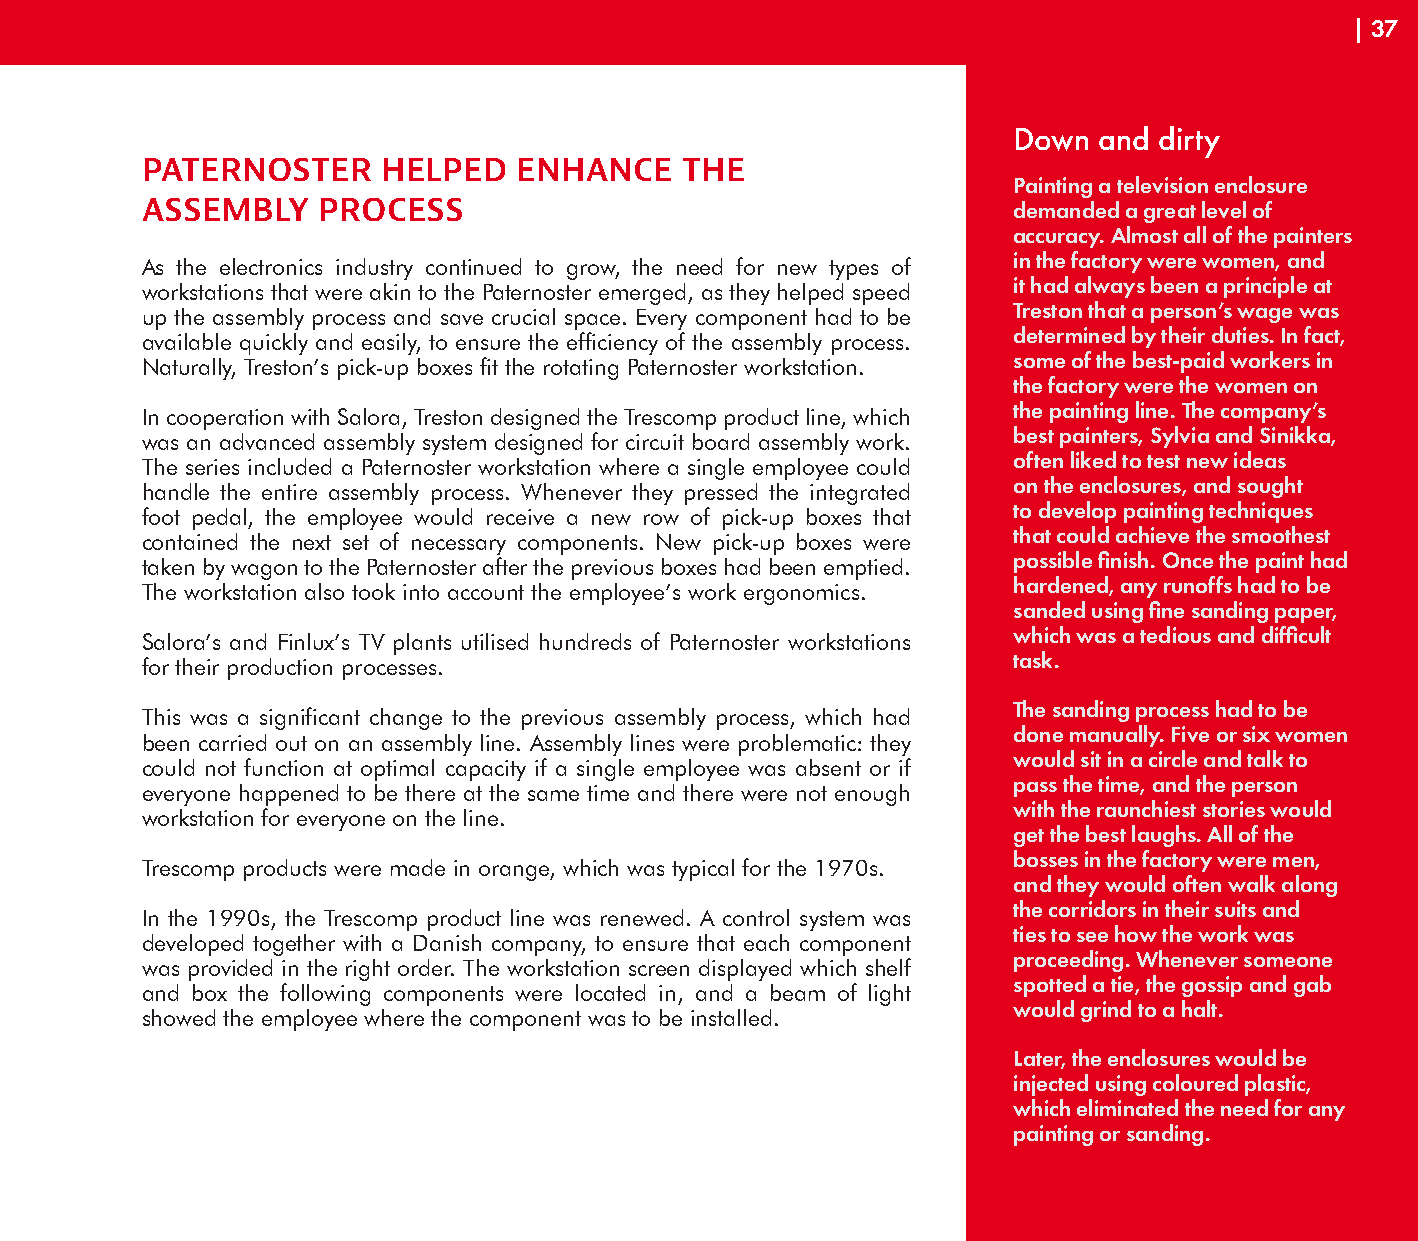
| 37
 Down  and dirty
 PATERNOSTER     HELPED   ENHANCE    THE
 Painting a television enclosure
 ASSEMBLY    PROCESS                                       demanded a great level of
 accuracy. Almost all of the painters
 in the factory were women, and
 As the electronics industry continued to grow, the need for new types of
 it had always been a principle at
 workstations that were akin to the Paternoster emerged, as they helped speed
 Treston that a person’s wage was
 up the assembly process and save crucial space. Every component had to be
 determined by their duties. In fact,
 available quickly and easily, to ensure the efficiency of the assembly process.
 some of the best-paid workers in
 Naturally, Treston’s pick-up boxes fit the rotating Paternoster workstation.
 the factory were the women on
 the painting line. The company’s
 In cooperation with Salora, Treston designed the Trescomp product line, which
 best painters, Sylvia and Sinikka,
 was an advanced assembly system designed for circuit board assembly work.
 often liked to test new ideas
 The series included a Paternoster workstation where a single employee could
 on the enclosures, and sought
 handle the entire assembly process. Whenever they pressed the integrated
 to develop painting techniques
 foot pedal, the employee would receive a new row of pick-up boxes that
 that could achieve the smoothest
 contained the next set of necessary components. New pick-up boxes were
 possible finish. Once the paint had
 taken by wagon to the Paternoster after the previous boxes had been emptied.
 hardened, any runoffs had to be
 The workstation also took into account the employee’s work ergonomics.
 sanded using fine sanding paper,
 which was a tedious and difficult
 Salora’s and Finlux’s TV plants utilised hundreds of Paternoster workstations
 task.
 for their production processes.
 The sanding process had to be
 This was a significant change to the previous assembly process, which had
 done manually. Five or six women
 been carried out on an assembly line. Assembly lines were problematic: they
 would sit in a circle and talk to
 could not function at optimal capacity if a single employee was absent or if
 pass the time, and the person
 everyone happened to be there at the same time and there were not enough
 with the raunchiest stories would
 workstation for everyone on the line.
 get the best laughs. All of the
 bosses in the factory were men,
 Trescomp products were made in orange, which was typical for the 1970s.
 and they would often walk along
 the corridors in their suits and
 In the 1990s, the Trescomp product line was renewed. A control system was
 ties to see how the work was
 developed together with a Danish company, to ensure that each component
 proceeding. Whenever someone
 was provided in the right order. The workstation screen displayed which shelf
 spotted a tie, the gossip and gab
 and box the following components were located in, and a beam of light
 would grind to a halt.
 showed the employee where the component was to be installed.
 Later, the enclosures would be
 injected using coloured plastic,
 which eliminated the need for any
 painting or sanding.